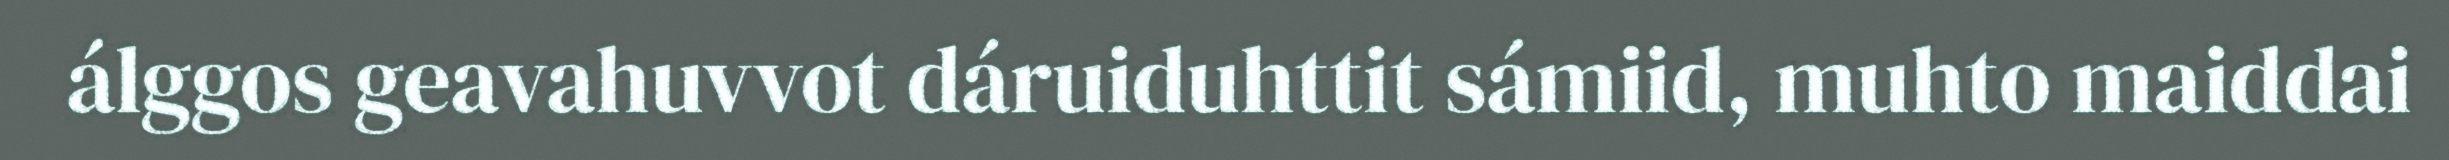
álggos geavahuvvot dáruiduhttit sámiid, muhto maiddai